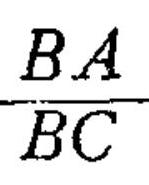
\frac{BA}{BC}